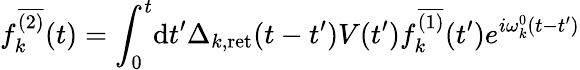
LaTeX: f_{k}^{\overline{{{(2)}}}}(t)=\int_{0}^{t}\! \mathrm{d}t^{\prime}\Delta_{k,\mathrm{ret}}(t-t^{\prime})V(t^{\prime})f_{k}^{\overline{{{(1)}}}}(t^{\prime})e^{i\omega_{k}^{0}(t-t^{\prime})}